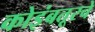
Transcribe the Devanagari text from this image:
कोइंबतूरचे